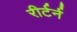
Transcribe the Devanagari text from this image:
रीर्टर्न